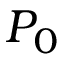
P _ { 0 }